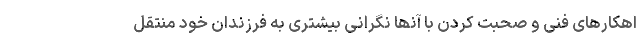
اھکارھای فنی و صحبت کردن با آنھا نگرانی بیشتری به فرزندان خود منتقل